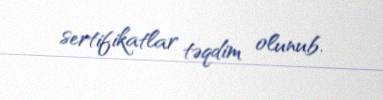
sertifikatlar təqdim olunub.